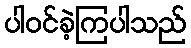
ပါဝင်ခဲ့ကြပါသည်